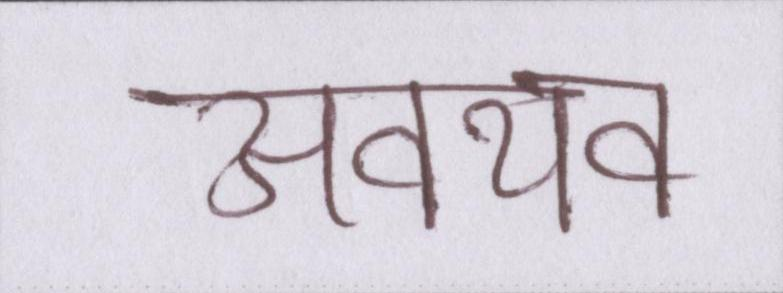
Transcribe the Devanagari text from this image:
अवयव